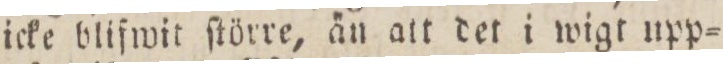
icke blifwit ſtörre, än att det i wigt upp=